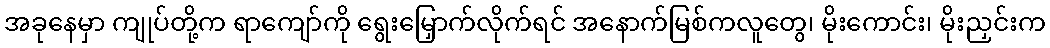
အခုနေမှာ ကျုပ်တို့က ရာကျော်ကို ရွေးမြှောက်လိုက်ရင် အနောက်မြစ်ကလူတွေ၊ မိုးကောင်း၊ မိုးညှင်းက